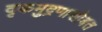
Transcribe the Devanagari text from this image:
दृकमुद्रणासोबत